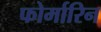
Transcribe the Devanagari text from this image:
फोर्मारिन